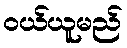
ဝယ်ယူမည်